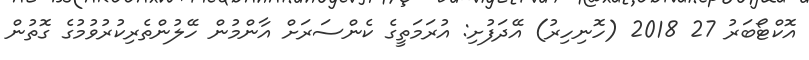
އޮކްޓޯބަރު 27 2018 (ހޮނިހިރު) އޭދަފުށި: އުރަމަތީގެ ކެންސަރަށް އާންމުން ހޭލުންތެރިކުރުވުމުގެ ގޮތުން